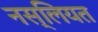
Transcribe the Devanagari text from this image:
नस्लियत